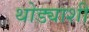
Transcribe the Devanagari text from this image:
थोड्याशी